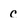
Character: c